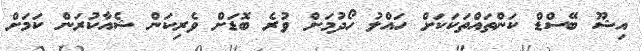
އިޝޫ ބޭސްޑް ކަންތައްތަކަކަށް ހައްލު ހޯދުމަށް ވުރެ ބޮޑަށް ވެރިކަން ޝެއާކުރަން ކަމަށް